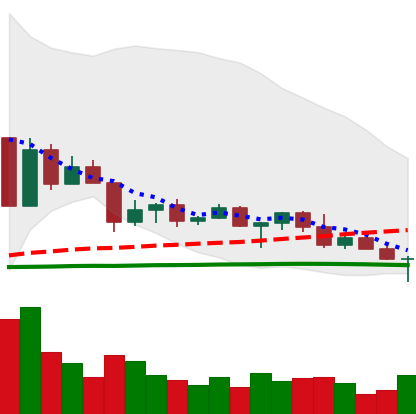
Ticker: ETC-USD
Chart end date: 2022-04-25
Forward return: -22.96%
Label: down_7plus